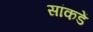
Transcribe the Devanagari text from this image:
सांकडें